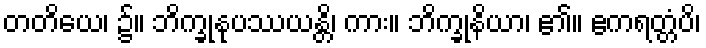
တတိယေ၊ ၌။ ဘိက္ခုနုပဿယန္တိ၊ ကား။ ဘိက္ခုနိယာ၊ ၏။ ဧကရတ္တံပိ၊